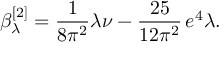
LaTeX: \beta _ { \lambda } ^ { [ 2 ] } = \frac { 1 } { 8 \pi ^ { 2 } } \lambda \nu - \frac { 2 5 } { 1 2 \pi ^ { 2 } } \, e ^ { 4 } \lambda .